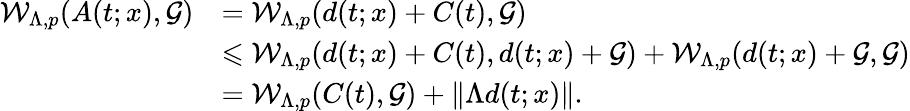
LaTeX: \begin{array}{rl}{\mathcal{W}_{\Lambda,p}(A(t;x),\mathcal{G})}&{=\mathcal{W}_{\Lambda,p}(d(t;x)+C(t),\mathcal{G})}\\ &{\leqslant\mathcal{W}_{\Lambda,p}(d(t;x)+C(t),d(t;x)+\mathcal{G})+\mathcal{W}_{\Lambda,p}(d(t;x)+\mathcal{G},\mathcal{G})}\\ &{=\mathcal{W}_{\Lambda,p}(C(t),\mathcal{G})+\| \Lambda d(t;x)\| .}\end{array}